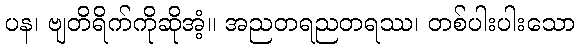
ပန၊ ဗျတိရိက်ကိုဆိုအံ့။ အညတရညတရဿ၊ တစ်ပါးပါးသော